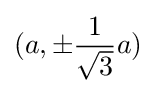
(a,{\pm {1 \over {\sqrt {3}}}a})